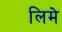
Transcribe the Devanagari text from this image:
लिमे